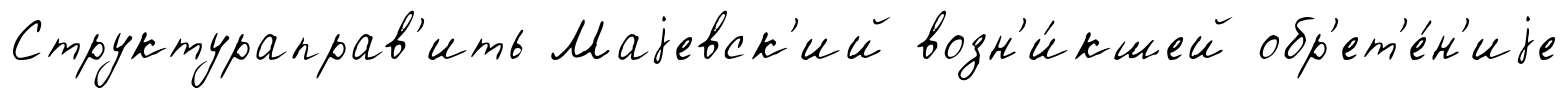
Структураправ'ить Маjевск'ий возн'и́кшей обр'ет'е́н'иjе